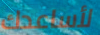
لأساعدك